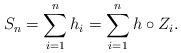
LaTeX: \begin{align*}S_n = \sum_{i=1}^n h_i = \sum_{i=1}^n h \circ Z_i.\end{align*}